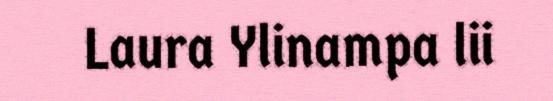
Laura Ylinampa lii